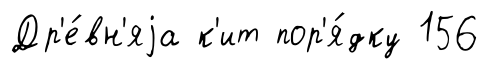
Др'е́вн'яjа к'ит пор'я́дку 156